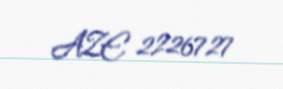
AZE 2226727